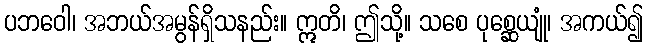
ပဘဝေါ၊ အဘယ်အမွန်ရှိသနည်း။ ဣတိ၊ ဤသို့။ သစေ ပုစ္ဆေယျုံ၊ အကယ်၍